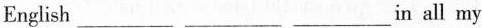
English ________in all my